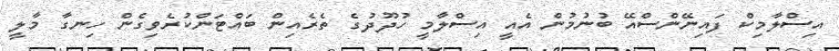
އިސްލާމިކް ފައިނޭންސްއޭ ބުނުމުން އެއީ އިސްލާމީ ހުދޫދުގެ ތެރެއިން ބައްޓަންކުރެވިގެން ހިނގާ މާލީ